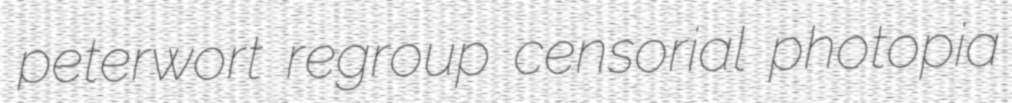
peterwort regroup censorial photopia